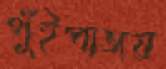
পুঁইপাতায়